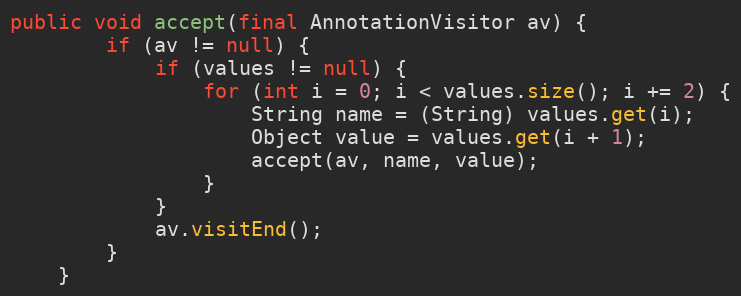
Language: Java
public void accept(final AnnotationVisitor av) {
        if (av != null) {
            if (values != null) {
                for (int i = 0; i < values.size(); i += 2) {
                    String name = (String) values.get(i);
                    Object value = values.get(i + 1);
                    accept(av, name, value);
                }
            }
            av.visitEnd();
        }
    }